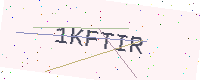
Text: 1KFTIR